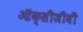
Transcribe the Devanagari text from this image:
ऑक्सीजीवी